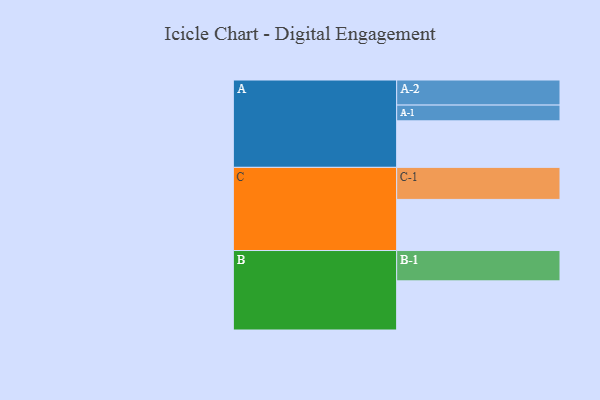
{"axis": {"x": "Segment", "y": "Value"}, "legend": ["", "A", "B", "C"], "data": [{"x": "A", "y": 354, "type": ""}, {"x": "B", "y": 374, "type": ""}, {"x": "C", "y": 389, "type": ""}, {"x": "A-1", "y": 120, "type": "A"}, {"x": "A-2", "y": 191, "type": "A"}, {"x": "B-1", "y": 231, "type": "B"}, {"x": "C-1", "y": 244, "type": "C"}]}